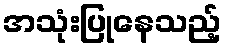
အသုံးပြုနေသည့်